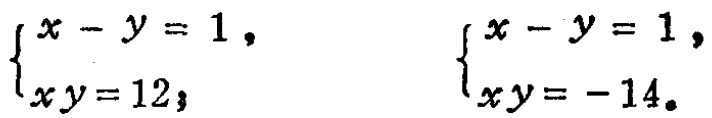
\(\begin{cases}

x - y = 1, \\

xy = 12;

\end{cases}\) \(\begin{cases}

x - y = 1, \\

xy = -14.

\end{cases}\)